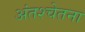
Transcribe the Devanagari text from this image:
अंतश्‍चेतना